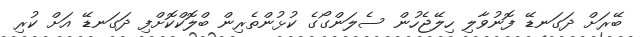
ބޭރަށް ދަގަނޑޭ ފޮނުވާލި ހިލޭޖެހުން ސެލަންގޯގެ ކުޅުންތެރިން ބްލޮކްކޮށްފި ދަގަނޑޭ އަށް ކުރި